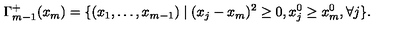
\Gamma _ { m - 1 } ^ { + } ( x _ { m } ) = \{ ( x _ { 1 } , \ldots , x _ { m - 1 } ) \mid ( x _ { j } - x _ { m } ) ^ { 2 } \ge 0 , x _ { j } ^ { 0 } \ge x _ { m } ^ { 0 } , \forall j \} .